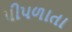
પીપળાતા